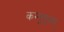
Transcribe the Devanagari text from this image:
कम्पूसूत्रम्